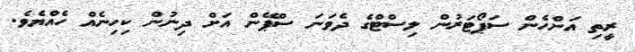
ރީތި އަންހެން ސަޕޯޓަރުން ލިސްޓްގެ ދެވަނަ ސްޕޭން އަށް ދިނުން ކިހިނެއް ހެއްޔެވެ.